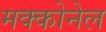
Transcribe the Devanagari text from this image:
मक्कोनेल